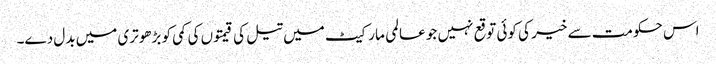
اس حکومت سے خیر کی کوئی توقع نہیں جو عالمی مارکیٹ میں تیل کی قیمتوں کی کمی کو بڑھوتری میں بدل دے۔